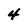
Character: 4